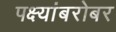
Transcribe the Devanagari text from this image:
पक्ष्यांबरोबर